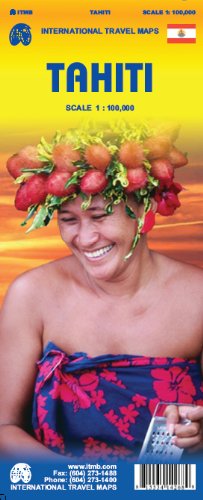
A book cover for Tahiti 1:100,000 Travel Map (International Travel Maps); ITMB Canada; Travel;